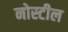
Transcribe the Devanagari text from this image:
नोस्टील